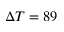
\Delta T = 8 9